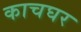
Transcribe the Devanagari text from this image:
काचघर